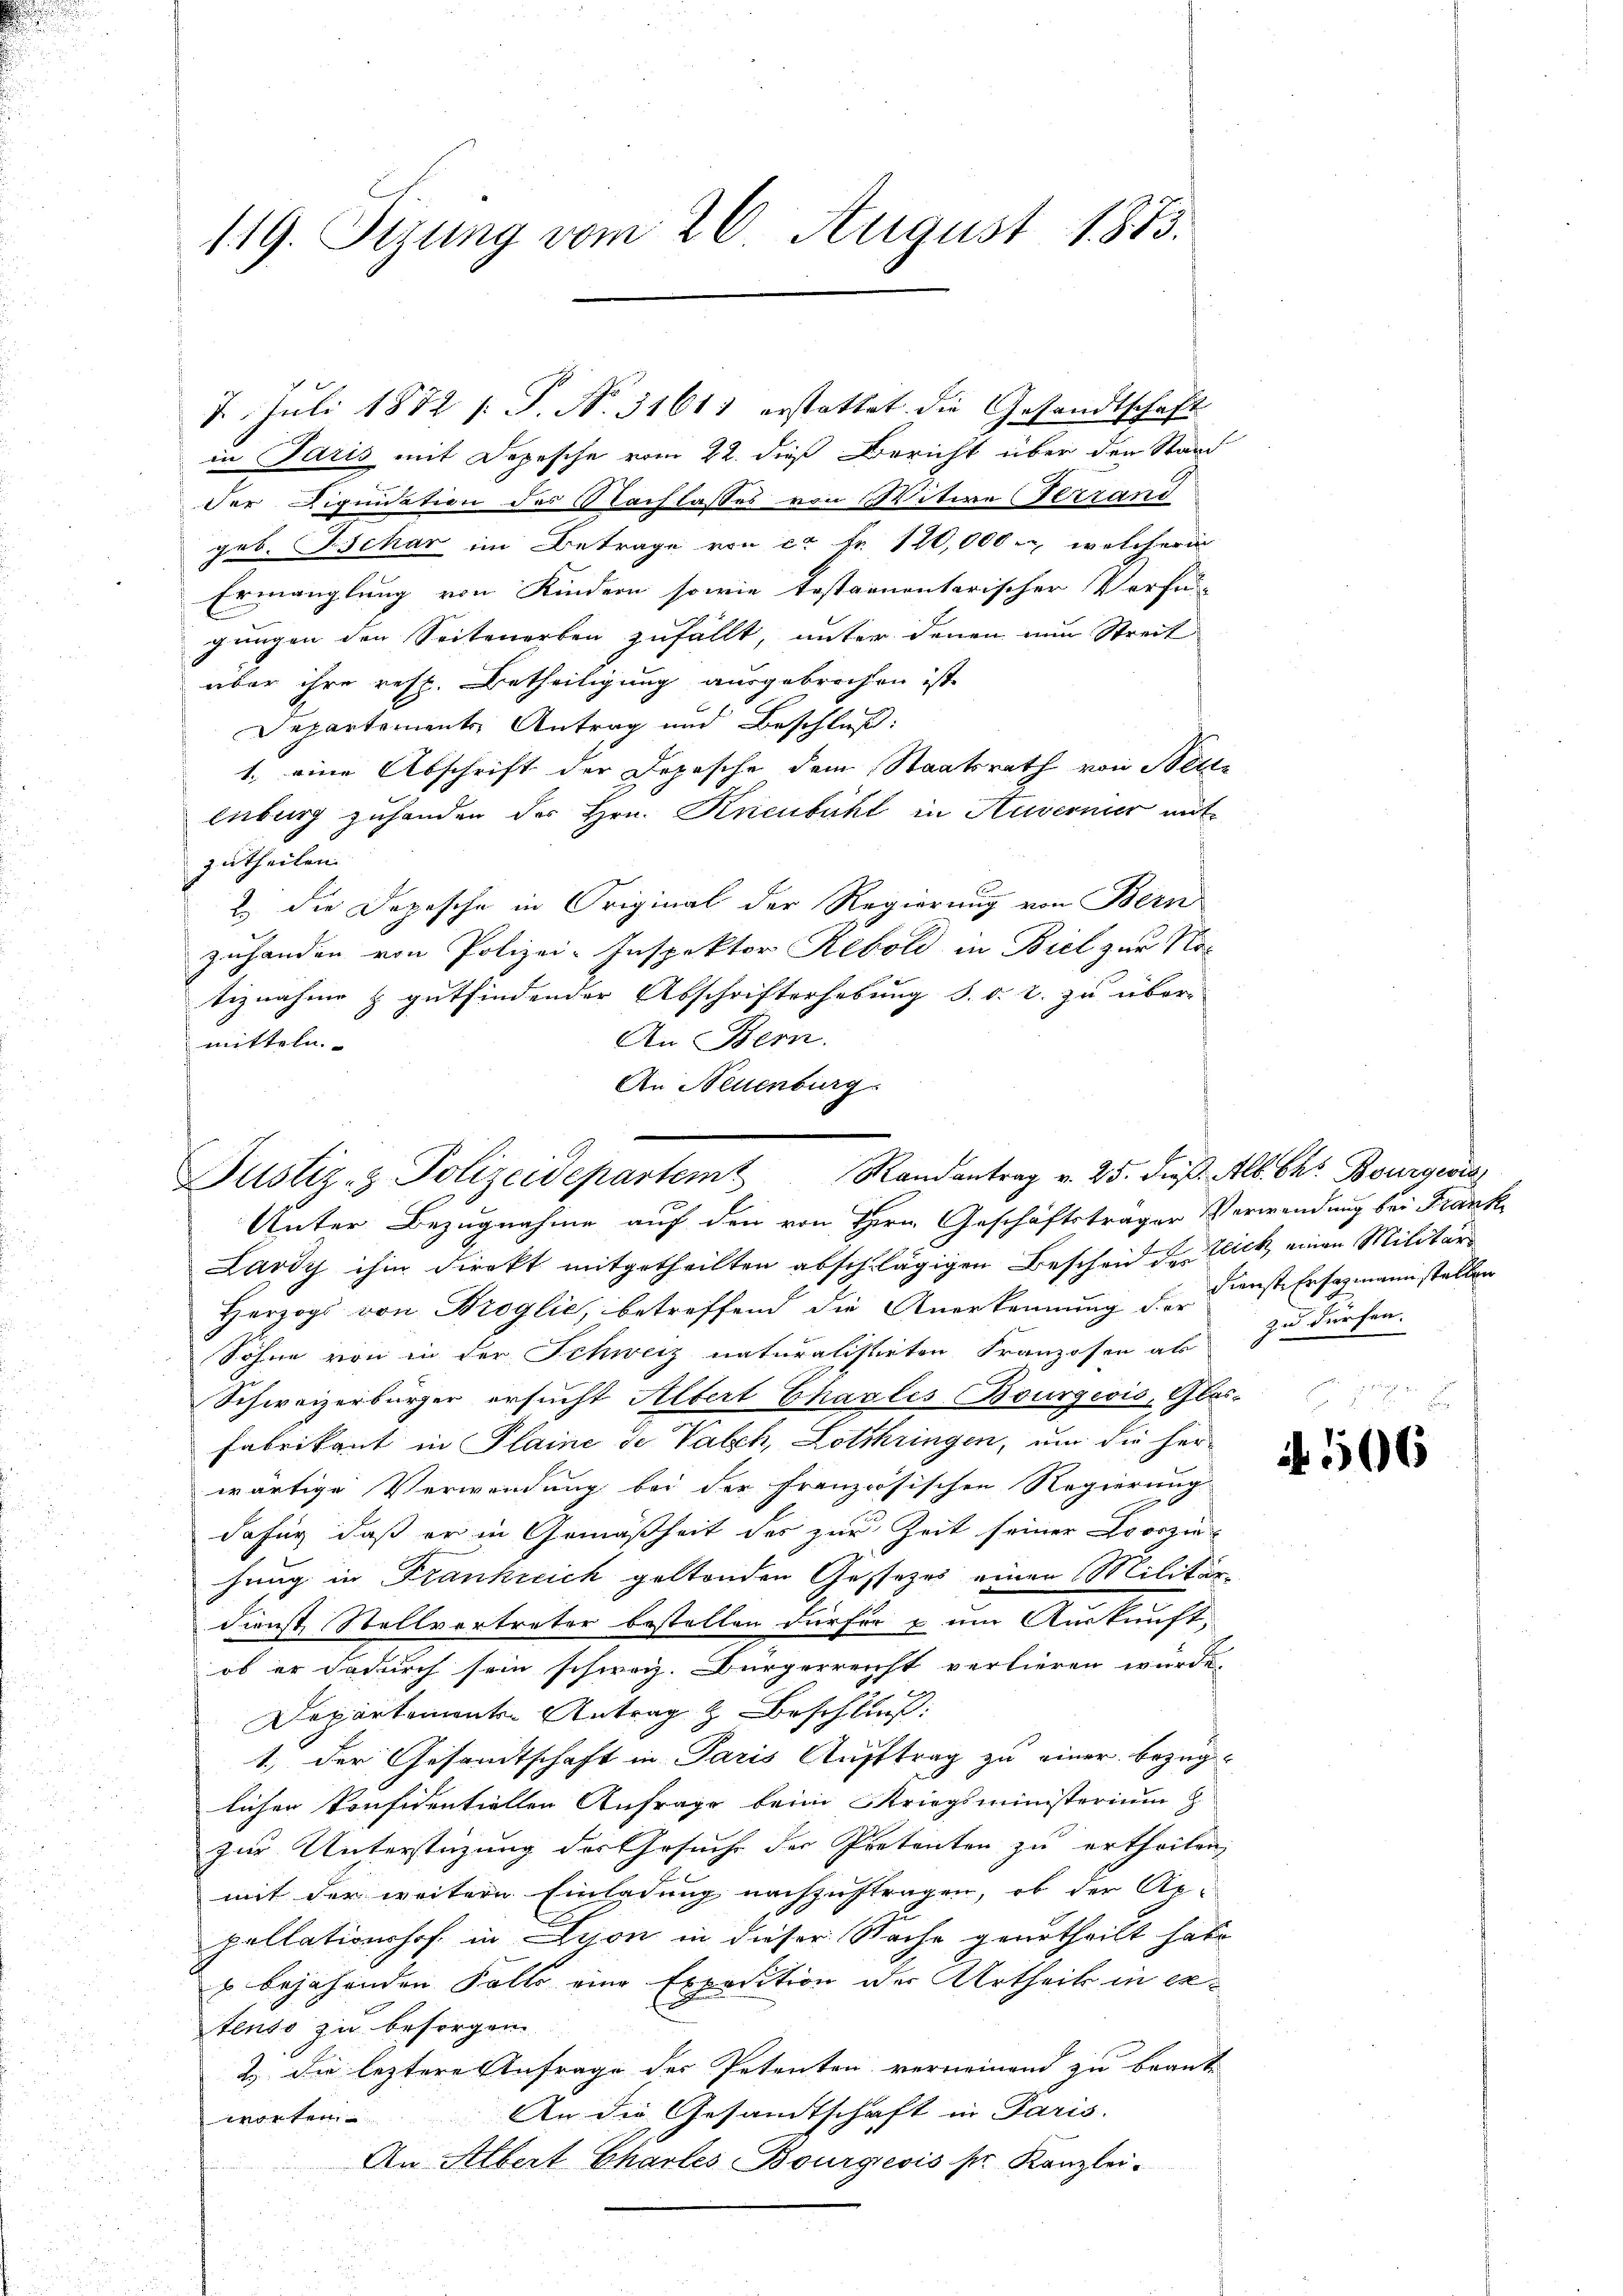
119. Sizung vom 26. August 1873.

2. Juli 1872 s: P. Nr. 31611 erstattet die Gesandtschaft

in Paris mit Depesche vom 22. dieß Bericht über den Stand
der Diquidation des Nachlasses von Witwe Gestand
geb. Schar im Betrage von ca Fr. 120,000. welcher
Ermanglung von Kindern sowie testamentarischer Verfü-
gungen den Seitenerben zufällt, unter denen nun Streit
über ihre resp. Betheiligung ausgebrechen ist.
Departements Antrag und Beschluß:
1., eine Abschrift der Depesche dem Staatsrath von Bett-
enburg zuhanden der Hrn. Knenbühl in Anverner mit
zutheilen.
2.) Die Depesche in Original der Regierung von Bern
zuhanden von Polizei-Inspektor Rebold in Biel zur Notiznahme & gutfindender Abschrifterhebung d. d. 2. zu über-
An Bern.
mitteln.
An Neuenburg

Justiz- & Polizeidepartemt Randantrag v. 25. dieβ. Alb. Chr. Bourgerre

Unter Bezugnahme auf den von Hrn. Geschäftsträger Verwendung bei Frank
Lardy ihm direkt mitgetheilten abschlägigen Bescheid der Zeich, einen Militär
Herzogs von Broglić, betreffend die Anerkennung der Dienste Ersatzmannstellen
Söhne von in der Schweiz naturalistirten Franzosen als
Schweizerbürger ersucht Altert haelis Bourgeois, Glas-
Fabrikant in Plaine de Valch, Lothringen, um die her-
wärtige Verwendung bei der französischen Regierung
dafür, daß er in Gemäßheit des zur Zeit seiner Looszin
hang in Frankreich geltenden Gessezes einen Militär
dienst Stellvertreter bestellen dürfen & um Auskunft,
ob er dadurch sein schweiz. Bürgerreicht verlieren würde,
Departements-Antrag & Beschluß:
1., der Gesandtschaft in Paris Auftrag zu einer bezüglichen konfidentiellen Anfrage beim Kriegsministerium z
zur Unterstüzung des Gesuche der Pretenten zu ertheilen,
mit der weitern Einladung nachzuftragen, ob der Ge-
pellationshof in Lyon in dieser Sache geurtheilt habe
s bejahenden Falle eine Exposition der Urtheils in extenso zu besorgen
2) die leztere Anfrage des Petenten verneinend zu beant¬
An die Gesandtschaft in Paris.
worten
An Albert Chartes Bourgeois pr. Kanzlei-

zu dürfen.

106